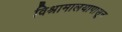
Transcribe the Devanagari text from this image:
विश्रामालयापासून